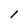
Character: l